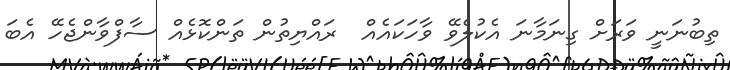
ތިބުނަނީ ވަރަށް ގިނަމާނަ އެކުލެވޭ ވާހަކައެއް  ރައްޔިތުން ތަންކޮޅެއް ސާފްވާންޖެހޭ އެބަ